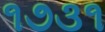
૧૭૩૧